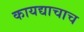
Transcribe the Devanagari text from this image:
कायद्याचाच